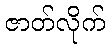
ဇာတ်လိုက်